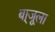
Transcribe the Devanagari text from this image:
बा्जूला